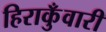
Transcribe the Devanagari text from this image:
हिराकुँवारी